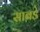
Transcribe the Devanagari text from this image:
साबडे